Punjab Mental Hospital Lahore 1922-31 - 1922-1931
Year: 1922
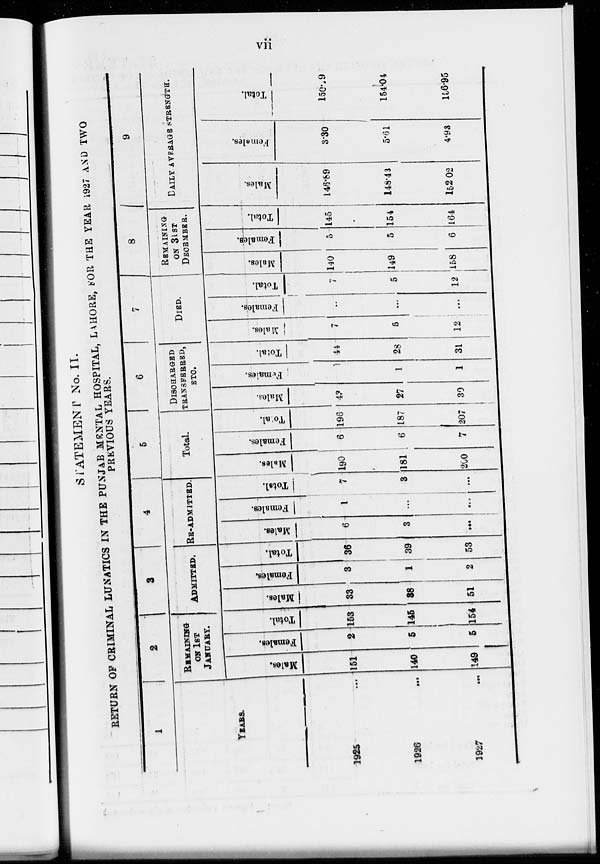
vii
STATEMENT No. II.
RETURN OF CRIMINAL LUNATICS IN THE PUNJAB MENTAL HOSPITAL, LAHORE, FOR THE YEAR 1927 AND TWO
PREVIOUS YEARS.
1
YEARS.
1925 ...
1926 ...
1927 ...
2
ON 1ST
JANUARY.
Males.
151
140
149
Females.
2
5
5
Total.
153
145
154
3
ADMITTED.
Males.
33
38
51
Females.
3
1
2
Total.
36
39
53
4
RE-ADMITTED.
Males.
6
3
...
Females.
1
...
...
Total.
7
3
...
5
Total.
Males.
190
181
200
Females.
6
6
7
Total.
196
187
207
6
DISCHARGED
TRANSFERRED,
ETC.
Males.
43
27
30
Females.
1
1
1
Total.
44
28
31
7
DIED.
Males.
7
5
12
Females.
...
...
...
Total.
7
5
12
8
REMAINING
ON 31ST
DECEMBER.
Males.
140
149
158
Females.
5
5
6
Total.
145
154
164
9
DAILY AVERAGE STRENGTH.
Males
146.89
148.43
152.02
Females.
3.36
5.61
4.93
Total.
150.9
154.04
156.95